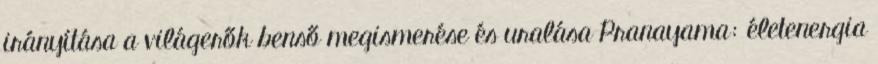
irányítása a világerők benső megismerése és uralása Pranayama: életenergia